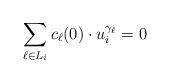
LaTeX: \begin{align*}\sum_{\ell\in L_{i}} c_{\ell}(0)\cdot u_{i}^{\gamma_{\ell}}=0\end{align*}